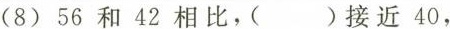
(8)56和42相比，()接近40，